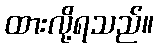
ထားလို့ရသည်။